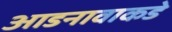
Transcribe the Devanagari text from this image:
आडनावाकडे